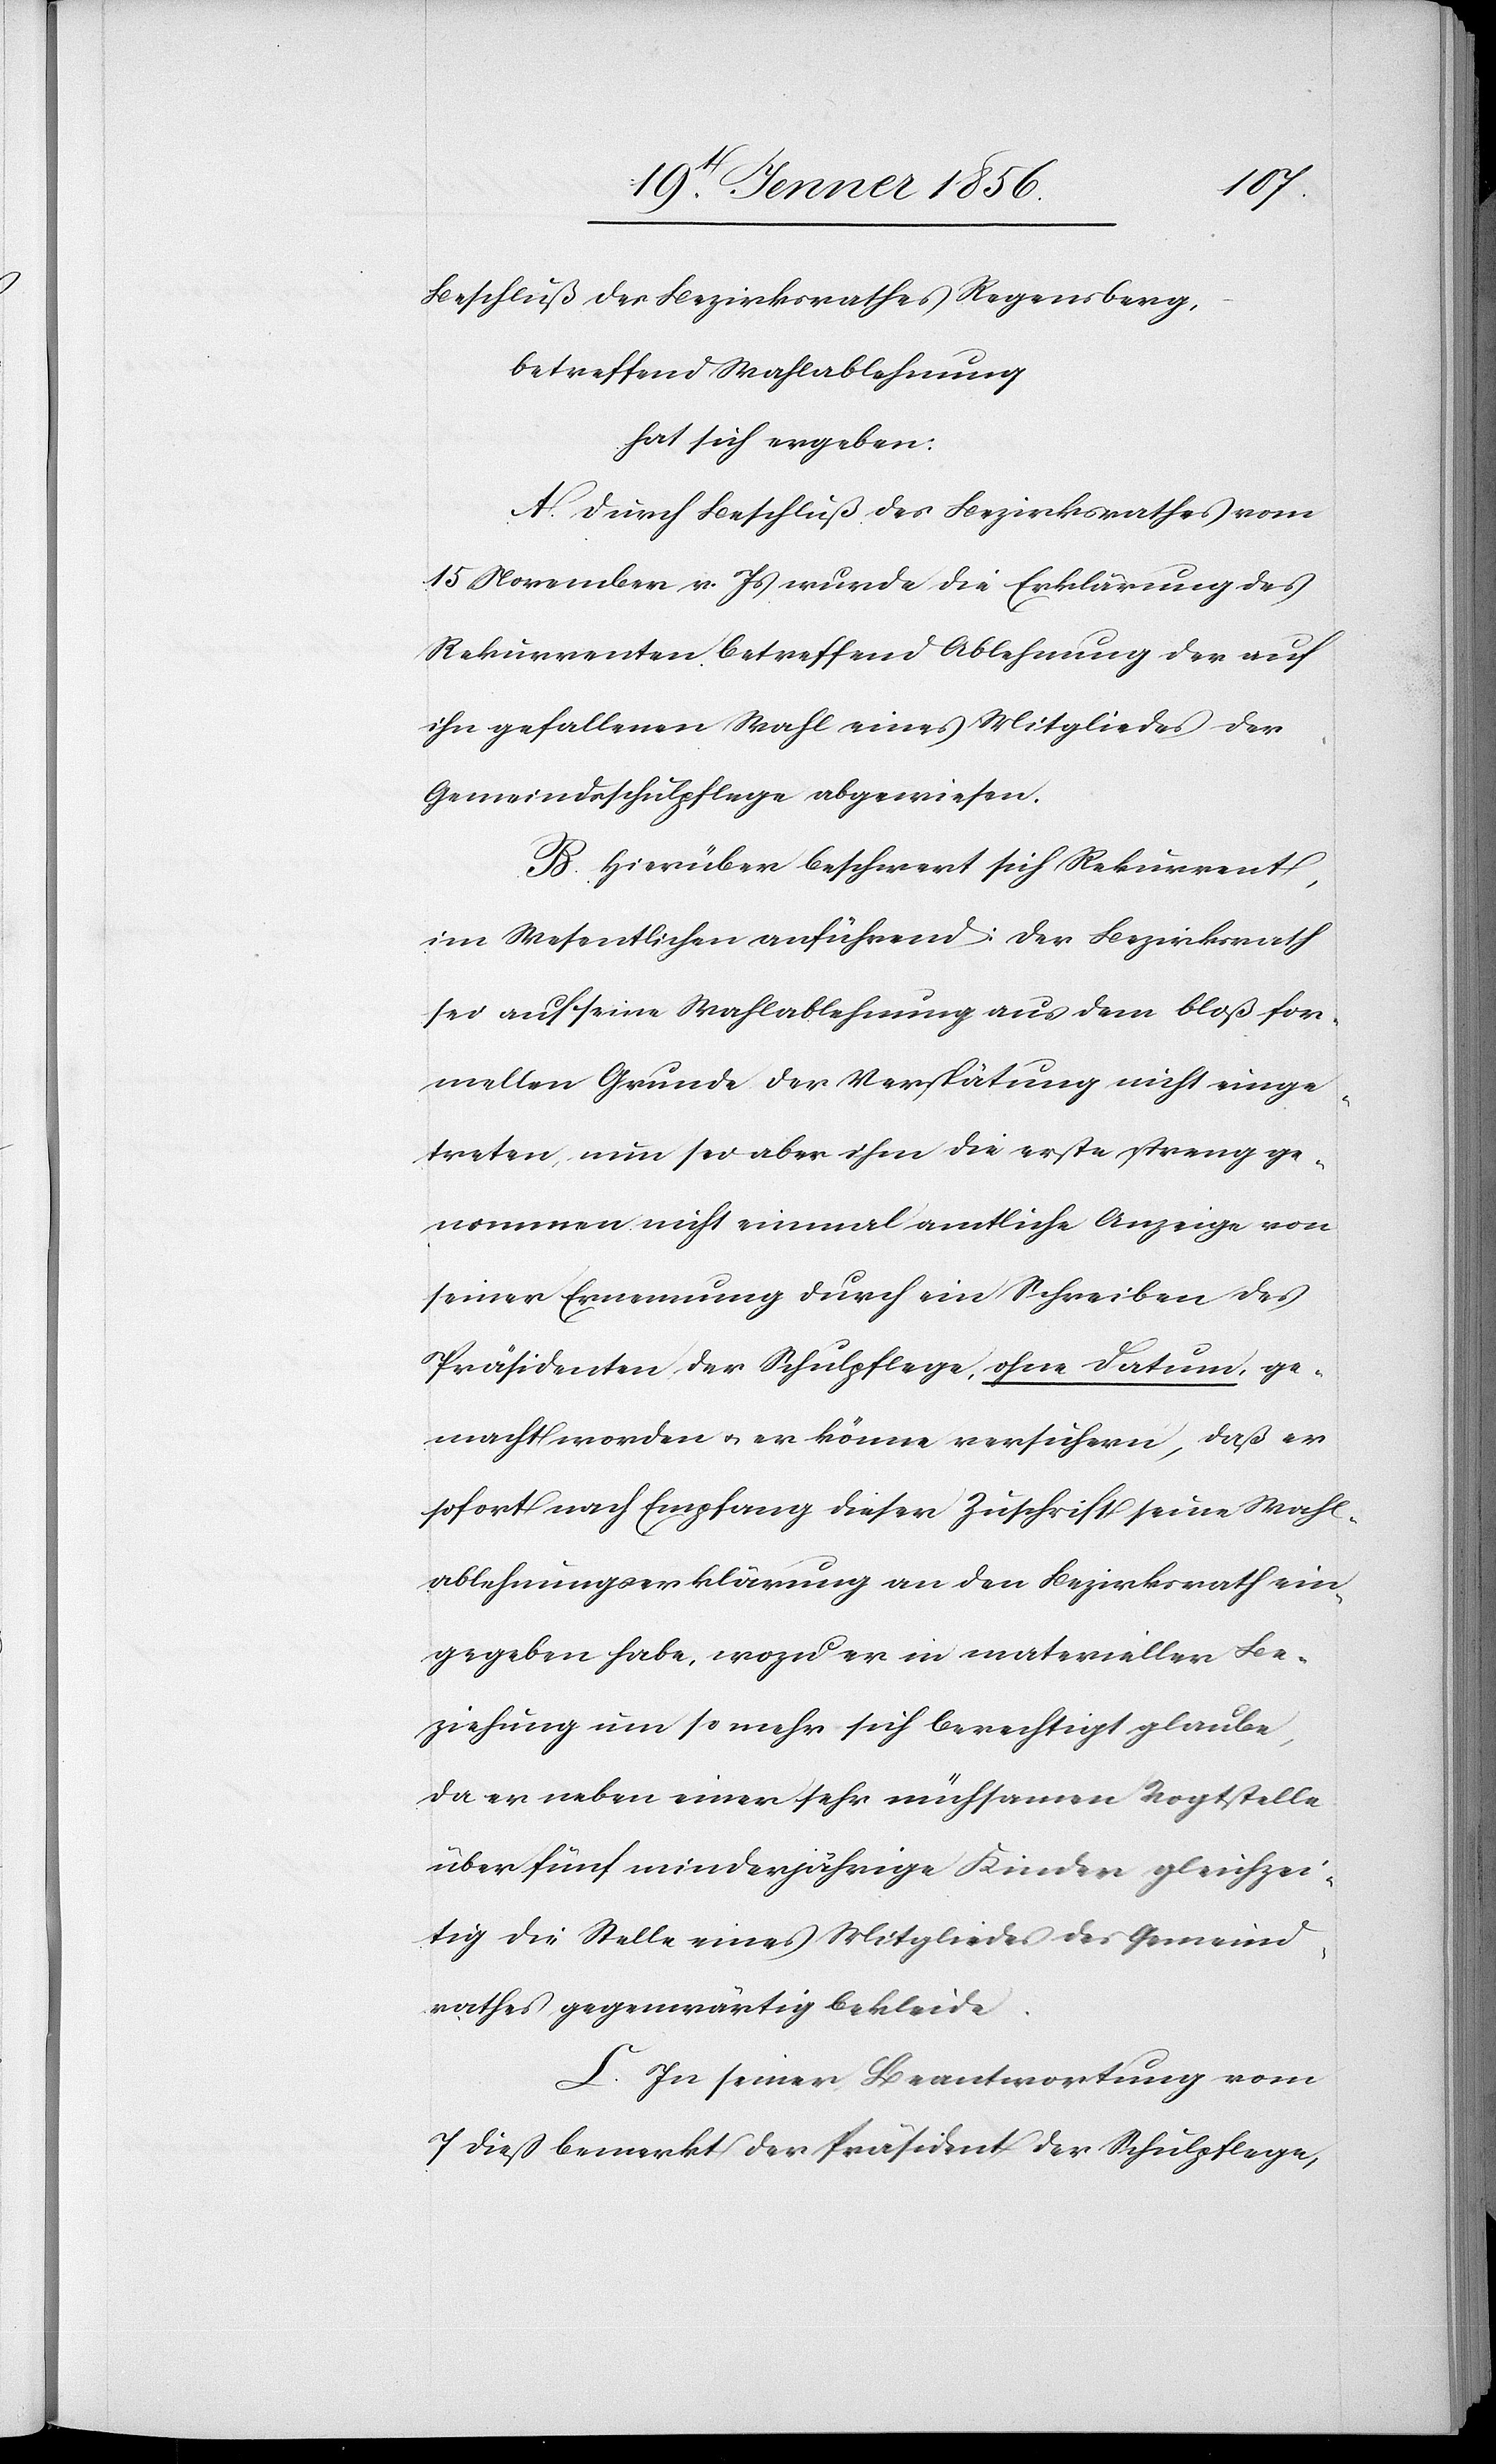
Beschluß des Bezirksrathes Regensberg,
betreffend Wahlablehnung
hat sich ergeben:
A. Durch Beschluß des Bezirksrathes vom
15 November v. Js wude die Erklärung des
Rekurrenten betreffend Ablehnung der auf
ihn gefallenen Wahl eines Mitgliedes der
Gemeindsschulpflege abgewiesen.
B. Hierüber beschwert sich Rekurrent,
im Wesentlichen anführend: Der Bezirksrath
sei auf seine Wahlablehnung aus dem bloß for¬
mellen Grunde der Verspätung nicht einge¬
treten, nun sei aber ihm die erste streng ge¬
nommen nicht einmal amtliche Anzeige von
seiner Ernennung durch ein Schreiben des
Präsidenten der Schulpflege, ohne Datum, ge¬
macht worden u. er könne versichern, daß er
sofort nach Empfang dieser Zuschrift seine Wahl¬
ablehnungserklärung an den Bezirksrath ein¬
gegeben habe, wozu er in materieller Be¬
ziehung um so mehr sich berechtigt glaube,
da er neben einer sehr mühsamen Vogtstelle
über fünf minderjährige Kinder gleichzei¬
tig die Stelle eines Mitgliedes des Gemeind¬
rathes gegenwärtig bekleide.
C. In seiner Beantwortung vom
7 dieß bemerkt der Präsident der Schulpflege,